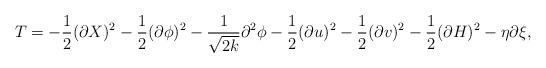
LaTeX: \begin{align*}T = -\frac{1}{2}(\partial X)^2-\frac{1}{2}(\partial \phi)^2 -\frac{1}{\sqrt{2k}}\partial^2\phi-\frac{1}{2}(\partial u)^2 -\frac{1}{2}(\partial v)^2-\frac{1}{2}(\partial H)^2 -\eta\partial \xi, \end{align*}